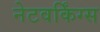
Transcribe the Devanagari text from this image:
नेटवर्किंग्स